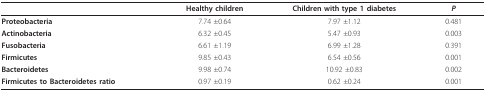
|  | Healthy children | Children with type 1 diabetes | P |
 | --- | --- | --- | --- |
 | Proteobacteria | 7.74 ±0.64 | 7.97 ±1.12 | 0.481 |
 | Actinobacteria | 6.32 ±0.45 | 5.47 ±0.93 | 0.003 |
 | Fusobacteria | 6.61 ±1.19 | 6.99 ±1.28 | 0.391 |
 | Firmicutes | 9.85 ±0.43 | 6.54 ±0.56 | 0.001 |
 | Bacteroidetes | 9.98 ±0.74 | 10.92 ±0.83 | 0.002 |
 | Firmicutes to Bacteroidetes ratio | 0.97 ±0.19 | 0.62 ±0.24 | 0.001 |